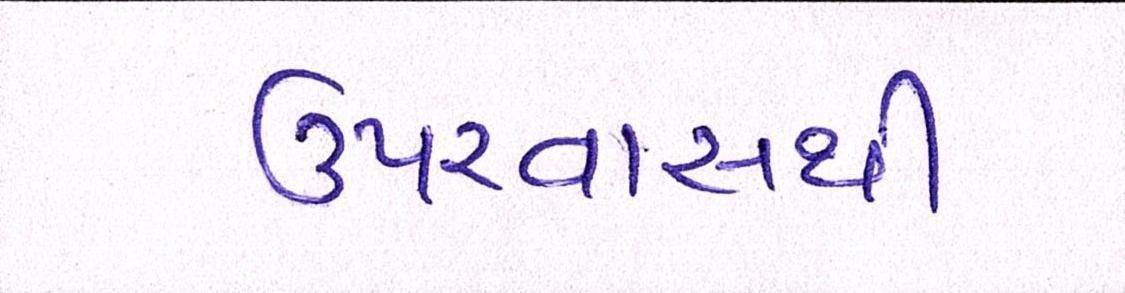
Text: ઉપરવાસથી